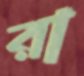
রা